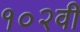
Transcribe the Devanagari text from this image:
१०२वी